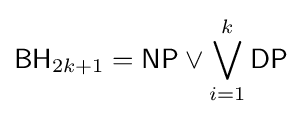
{\mathsf {BH}}_{2k+1}={\mathsf {NP}}\vee \bigvee _{i=1}^{k}{\mathsf {DP}}